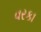
વરકા